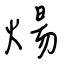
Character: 煬